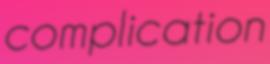
complication